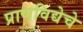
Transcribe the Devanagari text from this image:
प्राणविद्येचे